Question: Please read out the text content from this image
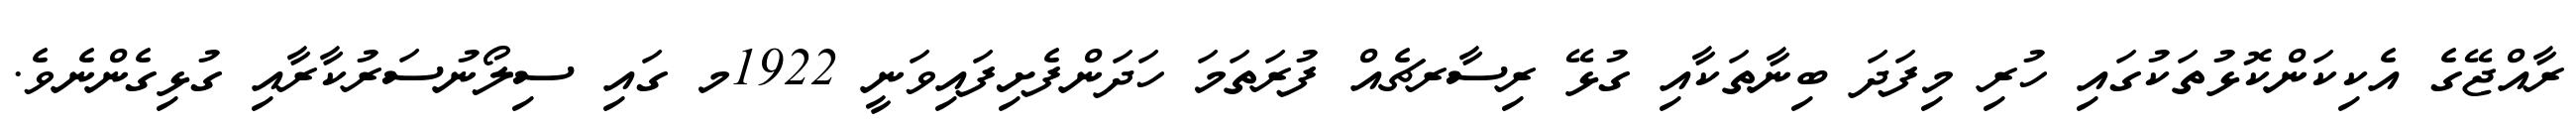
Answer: ރާއްޖޭގެ އެކިކަންކޮޅުތަކުގައި ހުރި މިފަދަ ބިނާތަކާއި ގުޅޭ ރިސާރޗެއް ފުރަތަމަ ހަދަންފެށިފައިވަނީ 1922މ ގައި ސިލޯނުސަރުކާރާއި ގުޅިގެންނެވެ.